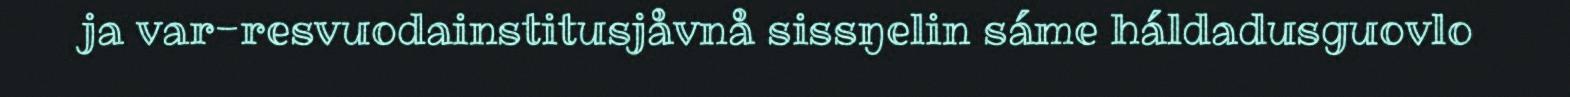
ja var-resvuodainstitusjåvnå sissŋelin sáme háldadusguovlo